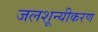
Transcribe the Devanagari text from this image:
जलशून्यीकरण